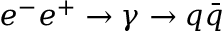
e ^ { - } e ^ { + } \to \gamma \to q { \bar { q } }